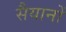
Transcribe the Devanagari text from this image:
सैयानों